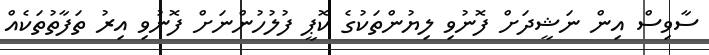
ސާވިސް އިން ނަޝީދަށް ފޮނުވި ލިޔުންތަކުގެ ކޮޕީ ފުލުހުންނަށް ފޮނުވި އިރު ތަފާތުތަކެއް